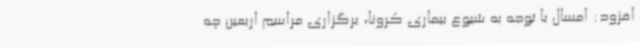
افزود: امسال با توجه به شیوع بیماری کرونا، برگزاری مراسم اربعین چه